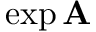
\exp { \mathbf { A } }